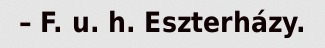
– F. u. h. Eszterházy.